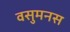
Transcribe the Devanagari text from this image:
वसुमनस